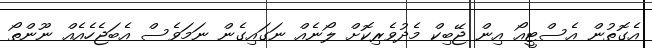
އެގޮތުން އެސްޓީއޯ އިން ޖޭބިކް މެދުވެރިކޮށް ލޯނެއް ނަގައިގެން ނަމަވެސް އެބަޖެހެއެއް ނޫންތޯ